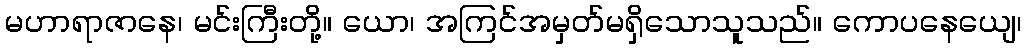
မဟာရာဇာနေ၊ မင်းကြီးတို့။ ယော၊ အကြင်အမှတ်မရှိသောသူသည်။ ကောပနေယျေ၊